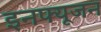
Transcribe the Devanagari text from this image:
इनफ्यूजन